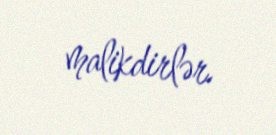
malikdirlər.